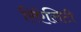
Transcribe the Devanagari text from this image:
रिऐलिटी